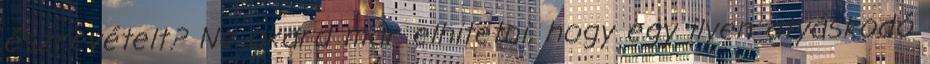
észrevételt? Ne akard már elhitetni, hogy egy ilyen atyáskodó